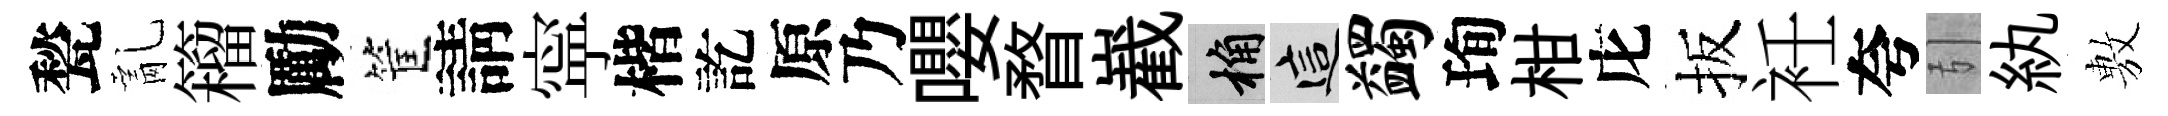
甃亂籕勵筐請寜楷訖原乃嚶瞀嶻桷這蠲珣柑庀扳衽夸引紈𢾾